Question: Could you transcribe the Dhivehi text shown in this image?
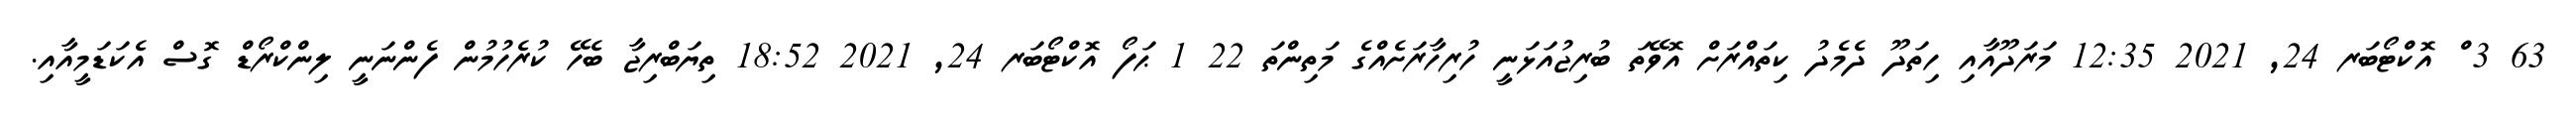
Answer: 63 3 ް އޮކްޓޯބަރ 24, 2021 12:35 މަރަދޫއާއި ހިތަދޫ ދެމެދު ކިތައްރަށް އޮވޭތަ ބުރިޖުއަޅަނީ ހުރިހާރަށެއްގެ މަތިންތަ 22 1 ޙަފޯ އޮކްޓޯބަރ 24, 2021 18:52 ތިޔަބްރިޖާ ބެހޭ ކުރެހުމުން ފެންނަނީ ލިންކްރޯޑް ގޮސް އެކަޑަމީއާއި.